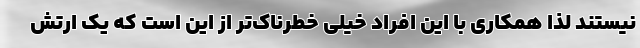
نیستند لذا همکاری با این افراد خیلی خطرناک‌تر از این است که یک ارتش